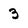
Character: 3